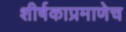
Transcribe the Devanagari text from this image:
शीर्षकाप्रमाणेच